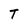
Character: T